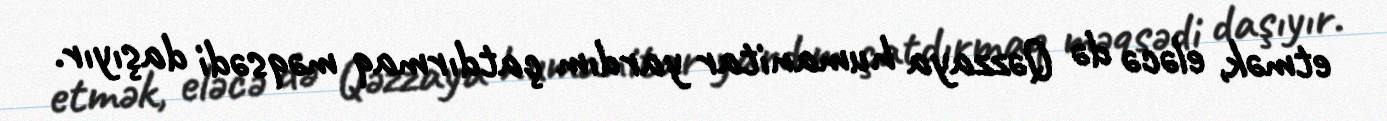
etmək, eləcə də Qəzzaya humanitar yardım çatdırmaq məqsədi daşıyır.